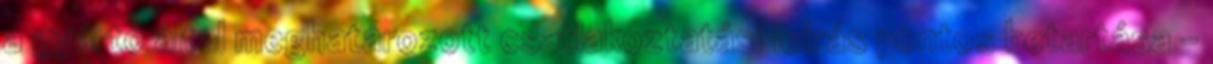
a gyártó által meghatározott csatlakoztatási leírás pontos betartása –